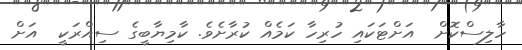
ހާލިސްކޮށް  އަށްޓަކައި ހުރިހާ ކަމެއް ކުރާށެވެ. ކާމިޔާބީގެ ސިއްރަކީ  އަށް